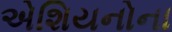
એશિયનોના